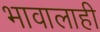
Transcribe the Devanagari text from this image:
भावालाही